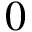
0